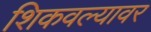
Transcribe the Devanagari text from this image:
शिकवल्यावर